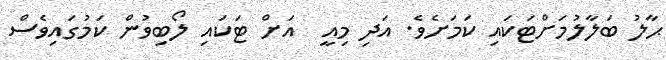
ޙާލު ބަލާލުމަށްޓަކައި ކަމަށެވެ. އަދި މިއީ  އަށް ޓަކައި ލޯބިވުން ކަމުގައިވެސް